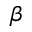
\beta